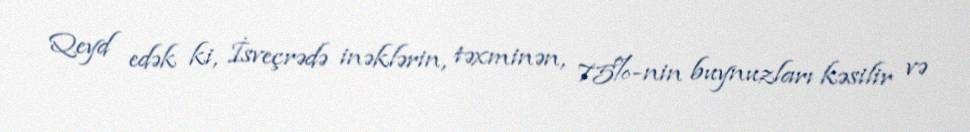
Qeyd edək ki, İsveçrədə inəklərin, təxminən, 75%-nin buynuzları kəsilir və